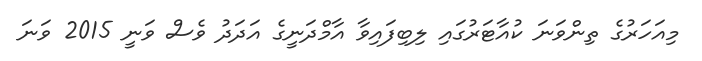
މިއަހަރުގެ ތިންވަނަ ކުއާޓަރުގައި ލިބިފައިވާ އާމްދަނީގެ އަދަދު ވެސް ވަނީ 2015 ވަނަ